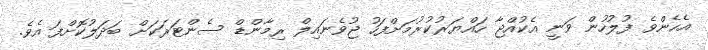
އެހެންވެ ފުލުހުން ވަނީ އެކުއްޖާ ހައްޔަރުކުރުމަށްފަހު ޖުވެނައިލް ރިމާންޑް ސެންޓަރަކަށް ބަދަލުކޮށްފަ އެވެ.